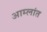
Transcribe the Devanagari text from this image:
आम्लांत